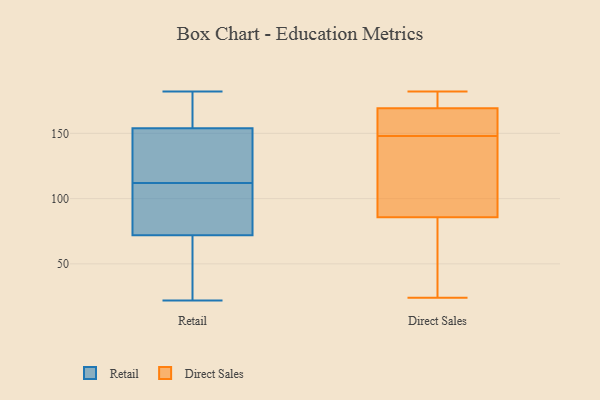
{"axis": {"x": "Budget (USD K)", "y": "Value"}, "legend": ["Direct Sales", "Retail"], "data": [{"x": "", "y": 68, "type": "Retail"}, {"x": "", "y": 128, "type": "Retail"}, {"x": "", "y": 114, "type": "Retail"}, {"x": "", "y": 181, "type": "Retail"}, {"x": "", "y": 182, "type": "Retail"}, {"x": "", "y": 145, "type": "Retail"}, {"x": "", "y": 104, "type": "Retail"}, {"x": "", "y": 110, "type": "Retail"}, {"x": "", "y": 22, "type": "Retail"}, {"x": "", "y": 76, "type": "Retail"}, {"x": "", "y": 57, "type": "Retail"}, {"x": "", "y": 163, "type": "Retail"}, {"x": "", "y": 182, "type": "Direct Sales"}, {"x": "", "y": 166, "type": "Direct Sales"}, {"x": "", "y": 55, "type": "Direct Sales"}, {"x": "", "y": 173, "type": "Direct Sales"}, {"x": "", "y": 96, "type": "Direct Sales"}, {"x": "", "y": 182, "type": "Direct Sales"}, {"x": "", "y": 168, "type": "Direct Sales"}, {"x": "", "y": 41, "type": "Direct Sales"}, {"x": "", "y": 114, "type": "Direct Sales"}, {"x": "", "y": 148, "type": "Direct Sales"}, {"x": "", "y": 24, "type": "Direct Sales"}, {"x": "", "y": 151, "type": "Direct Sales"}, {"x": "", "y": 129, "type": "Direct Sales"}]}